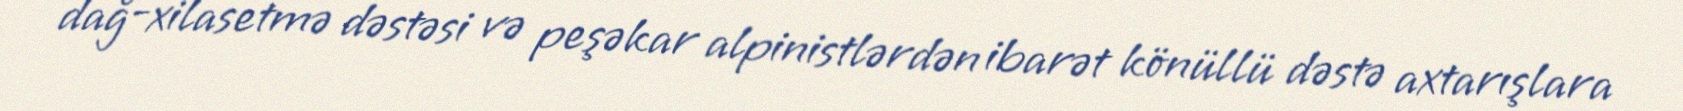
dağ-xilasetmə dəstəsi və peşəkar alpinistlərdən ibarət könüllü dəstə axtarışlara